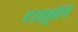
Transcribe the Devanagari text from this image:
धातुलि